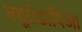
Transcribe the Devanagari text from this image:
क्यूरोडायिआ